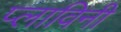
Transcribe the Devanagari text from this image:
प्लाविनी